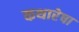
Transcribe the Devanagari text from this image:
कथारेषा